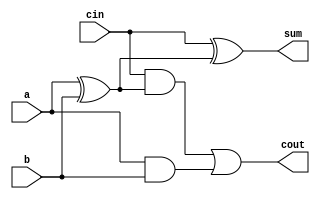
module b_fulladder(input a,b,cin, output reg sum, cout);
    reg x1,o1,x2;
    always@(*) begin
         x1 = a ^ b; x2 = a & b;
         sum = cin ^ x1; o1 = cin & x1;
         cout = o1 | x2;
    end
endmodule